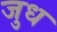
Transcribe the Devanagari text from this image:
जुध